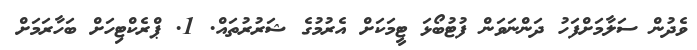
ވެދުން ސަލާމަށްފަހު ދަންނަވަން ފުޓުބޯޅަ ޓީމަކަށް އެރުމުގެ ޝަރުރުތައް. 1. ޕްރެކްޓިހަށް ބަހާރަމަށް